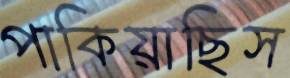
পাকিয়াছিস